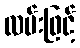
လမ်းဖြင့်